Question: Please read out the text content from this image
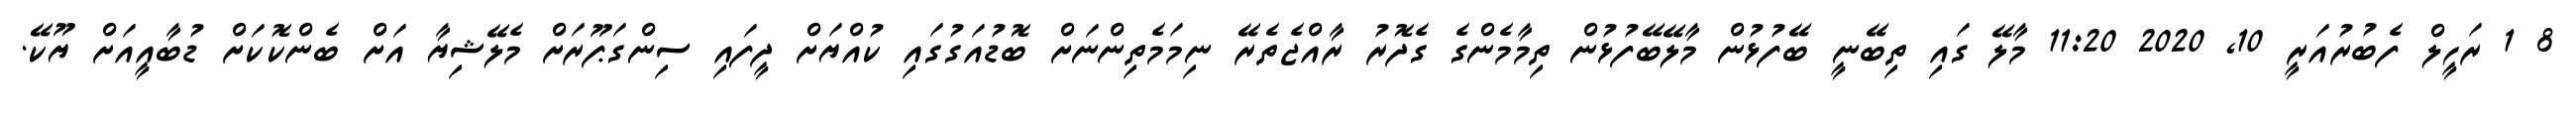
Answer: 8 1 ރަހީލް ފެބުރުއަރީ 10, 2020 11:20 މާލޭ ގައި ތިބޭނީ ބޭފުޅުން މާލޭބޭފުޅުން ތިމާމެންގެ ގެދޮރު ރާއްޖެތެރޭ ނިމަމެތިންނަށް ބޮޑުއަގުގައި ކުއްޔަށް ދީފައި ސިންގަޕޫރަށް މެލޭޝިޔާ އަށް ބެންކޮކަށް ޑުބާއީއަށް ޔޫކޭ.